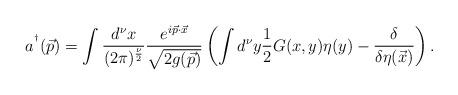
LaTeX: \begin{align*}a^{^{\dag}}(\vec {p})=\int {{d^{\nu} x}\over {(2 \pi)^{\nu\over 2}}}{e^{ i \vec{p}\cdot \vec{x}}\over {\sqrt{2 g(\vec{p})}}} \left(\int d^{\nu} y {1\over 2} G(x,y) \eta(y) -{\delta\over {\delta \eta(\vec{x})}} \right).\end{align*}